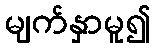
မျက်နှာမူ၍